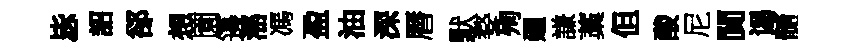
毖詔郤想園籩滛馮盈油深曆默婺殉廽謙藁但酸尼閴谒髓